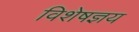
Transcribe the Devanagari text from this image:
विशेषज्ञय